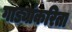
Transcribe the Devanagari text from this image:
गाड्यांकरिता